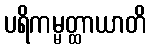
ပရိကမ္မတ္ထာယာတိ